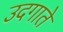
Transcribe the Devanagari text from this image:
उदगाते